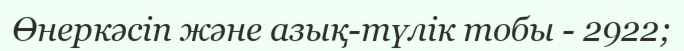
Өнеркәсіп және азық-түлік тобы - 2922;